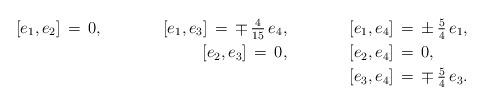
LaTeX: \begin{align*}{}[e_1,e_2]\,=\,0,\ \ \ \ \ \ \ \ \ \ \ [e_1,e_3]\,=\,\mp\,\tfrac{4}{15}\,e_4,\ \ \ \ \ \ \ \ \ \ \ [e_1,e_4]&\,=\,\pm\,\tfrac{5}{4}\,e_1,\\{}[e_2,e_3]\,=\,0,\ \ \ \ \ \ \ \ \ \ \ [e_2,e_4]&\,=\,0,\\{}[e_3,e_4]&\,=\,\mp\,\tfrac{5}{4}\,e_3.\end{align*}